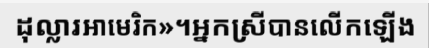
ដុល្លារអាមេរិក»។អ្នកស្រីបានលើកឡើង